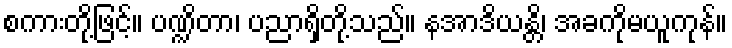
စကားတို့ဖြင့်။ ပဏ္ဍိတာ၊ ပညာရှိတို့သည်။ နအာဒိယန္တိ၊ အခကိုမယူကုန်။